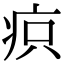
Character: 疻